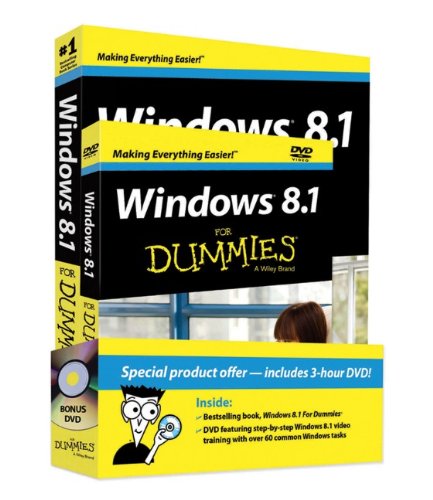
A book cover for Windows 8.1 For Dummies Book + DVD Bundle; Andy Rathbone; Computers & Technology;